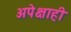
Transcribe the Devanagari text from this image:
अपेक्षाही